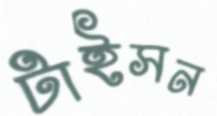
টাইসন